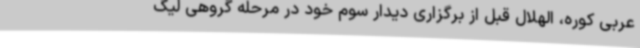
عربی کوره، الهلال قبل از برگزاری دیدار سوم خود در مرحله گروهی لیگ